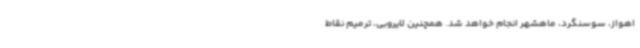
اهواز، سوسنگرد، ماهشهر انجام خواهد شد. همچنین لایروبی، ترمیم نقاط